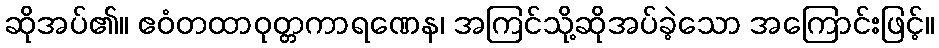
ဆိုအပ်၏။ ဧဝံတထာဝုတ္တကာရဏေန၊ အကြင်သို့ဆိုအပ်ခဲ့သော အကြောင်းဖြင့်။